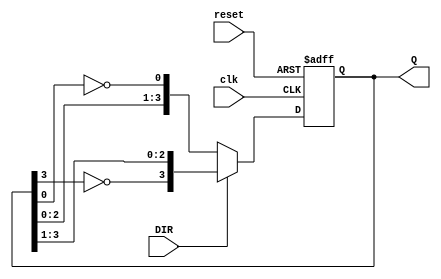
module bidirectional_johnson_counter (
    input wire clk,        // Clock signal
    input wire reset,      // Reset signal
    input wire DIR,        // Direction control (1 for up/right, 0 for down/left)
    output reg [3:0] Q     // 4-bit output for the counter
);

// Parameter for the number of flip-flops
parameter WIDTH = 4;

always @(posedge clk or posedge reset) begin
    if (reset) begin
        // Reset the counter to 0000
        Q <= 4'b0000;
    end else begin
        if (DIR) begin
            // Counting up (right shift)
            Q <= {~Q[WIDTH-1], Q[WIDTH-1:1]}; // Shift right and feedback
        end else begin
            // Counting down (left shift)
            Q <= {Q[WIDTH-2:0], ~Q[0]}; // Shift left and feedback
        end
    end
end

endmodule